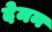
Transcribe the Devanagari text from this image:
देमन